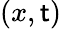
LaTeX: (x,\mathsf{t})